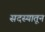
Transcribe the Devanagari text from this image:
सदस्यातून